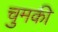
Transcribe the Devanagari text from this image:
चुमकी